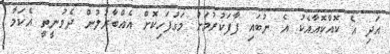
އަދި އެ ކޮއްކޮއާއެކު އެ ނުބައި ފާފަކުރުމަށް މަގުފަހިކޮށް އެއްބާރުލުން ދެވުނީތީ އެކަމާ